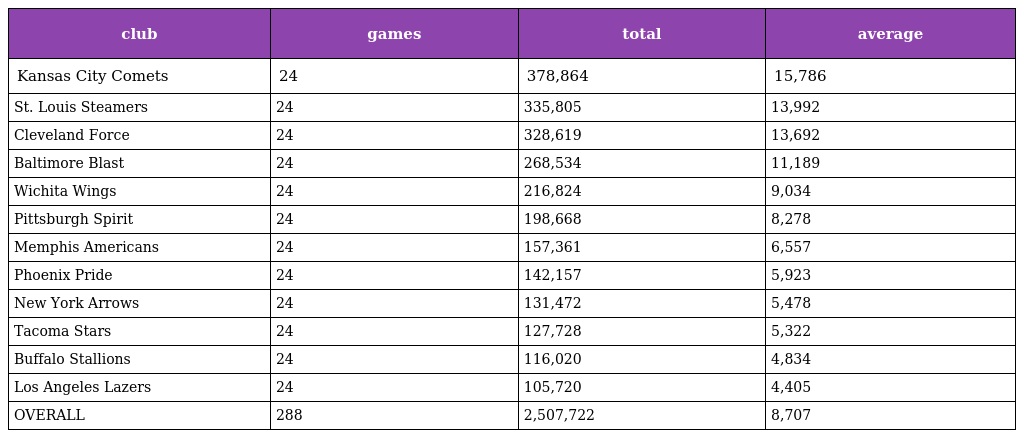
| club | games | total | average |
 | --- | --- | --- | --- |
 | Kansas City Comets | 24 | 378,864 | 15,786 |
 | St. Louis Steamers | 24 | 335,805 | 13,992 |
 | Cleveland Force | 24 | 328,619 | 13,692 |
 | Baltimore Blast | 24 | 268,534 | 11,189 |
 | Wichita Wings | 24 | 216,824 | 9,034 |
 | Pittsburgh Spirit | 24 | 198,668 | 8,278 |
 | Memphis Americans | 24 | 157,361 | 6,557 |
 | Phoenix Pride | 24 | 142,157 | 5,923 |
 | New York Arrows | 24 | 131,472 | 5,478 |
 | Tacoma Stars | 24 | 127,728 | 5,322 |
 | Buffalo Stallions | 24 | 116,020 | 4,834 |
 | Los Angeles Lazers | 24 | 105,720 | 4,405 |
 | OVERALL | 288 | 2,507,722 | 8,707 |